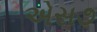
એસ૭